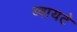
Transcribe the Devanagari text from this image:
ब्वायटे